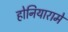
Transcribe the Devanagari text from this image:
होनियारामें